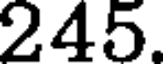
245.